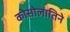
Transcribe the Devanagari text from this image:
कोसोलातिने